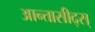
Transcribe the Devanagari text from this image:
आन्तासीद्स्